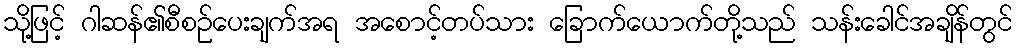
သို့ဖြင့် ဂါဆန်၏စီစဉ်ပေးချက်အရ အစောင့်တပ်သား ခြောက်ယောက်တို့သည် သန်းခေါင်အချိန်တွင်